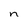
Character: n